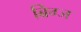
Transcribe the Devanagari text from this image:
ब्रिग्ज